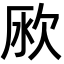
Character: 𣢭